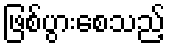
ဖြစ်ပွားစေသည့်